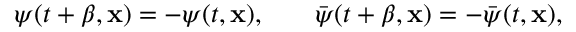
\psi ( t + \beta , { \bf x } ) = - \psi ( t , { \bf x } ) , \ \ \, \ \ \ \bar { \psi } ( t + \beta , { \bf x } ) = - \bar { \psi } ( t , { \bf x } ) ,